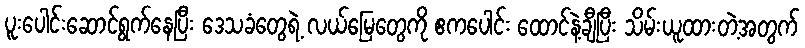
ပူးပေါင်းဆောင်ရွက်နေပြီး ဒေသခံတွေရဲ့ လယ်မြေတွေကို ဧကပေါင်း ထောင်နဲ့ချီပြီး သိမ်းယူထားတဲ့အတွက်